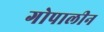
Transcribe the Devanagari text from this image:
गोपालीन